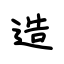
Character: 造